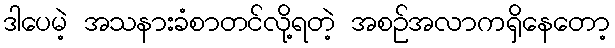
ဒါပေမဲ့ အသနားခံစာတင်လို့ရတဲ့ အစဉ်အလာကရှိနေတော့